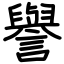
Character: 譽